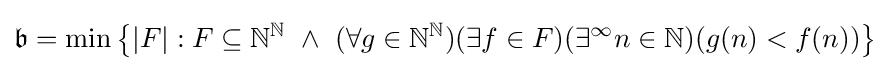
{\mathfrak {b}}=\min {\big \{}|F|:F\subseteq {\mathbb {N} }^{\mathbb {N} }\ \wedge \ (\forall g\in {\mathbb {N} }^{\mathbb {N} })(\exists f\in F)(\exists ^{\infty }n\in {\mathbb {N} })(g(n)<f(n)){\big \}}